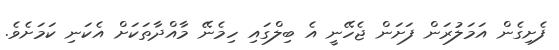
ފެށިގެން އަމަލުރަން ފަށަން ޖެހޭނީ އެ ބިލްގައި ހިމެނޭ މާއްދާތަކަށް އެކަނި ކަމަށެވެ.